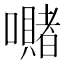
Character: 𭌙